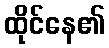
ထိုင်နေ၏